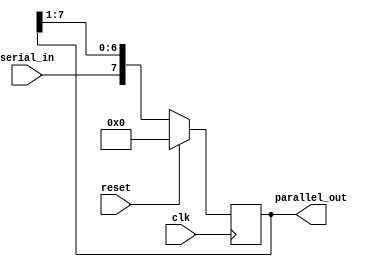
module SIPO_shift_register (
    input wire clk,
    input wire reset,
    input wire serial_in,
    output reg [N-1:0] parallel_out
);

parameter N = 8; // Define the size of the shift register

reg [N-1:0] shift_reg;

always @(posedge clk) begin
    if (reset) begin
        shift_reg <= 0;
    end else begin
        shift_reg <= {serial_in, shift_reg[N-1:1]};
    end
end

assign parallel_out = shift_reg;

endmodule